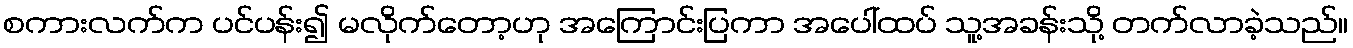
စကားလက်က ပင်ပန်း၍ မလိုက်တော့ဟု အကြောင်းပြကာ အပေါ်ထပ် သူ့အခန်းသို့ တက်လာခဲ့သည်။